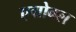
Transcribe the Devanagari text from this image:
एग्रोबल